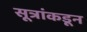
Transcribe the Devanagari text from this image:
सूत्रांकडून